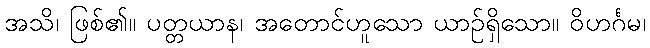
အသိ၊ ဖြစ်၏။ ပတ္တယာန၊ အတောင်ဟူသော ယာဉ်ရှိသော။ ဝိဟင်္ဂမ၊